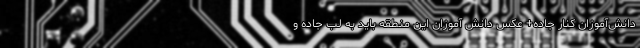
دانش‌آموزان کنار جاده+ عکس دانش آموزان این منطقه باید به لب جاده و